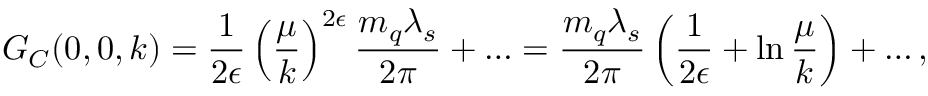
G _ { C } ( 0 , 0 , k ) = { \frac { 1 } { 2 \epsilon } } \left( { \frac { \mu } { k } } \right) ^ { 2 \epsilon } { \frac { m _ { q } \lambda _ { s } } { 2 \pi } } + \ldots = { \frac { m _ { q } \lambda _ { s } } { 2 \pi } } \left( { \frac { 1 } { 2 \epsilon } } + \ln { \frac { \mu } { k } } \right) + \ldots ,